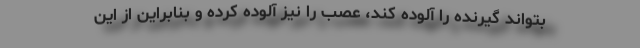
بتواند گیرنده را آلوده کند، عصب را نیز آلوده کرده و بنابراین از این